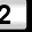
Digit: 2